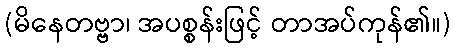
(မိနေတဗ္ဗာ၊ အပစ္စန်းဖြင့် တာအပ်ကုန်၏။)